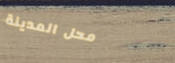
محل المدينة